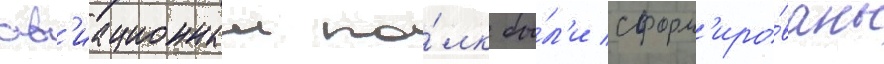
ав'иационныи по́лк бы́л'и сформ'иро́ваны